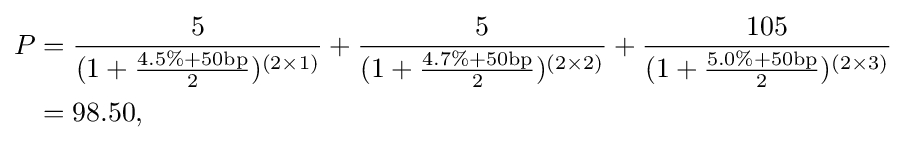
{\begin{aligned}P&={\frac {5}{(1+{\frac {4.5\%+50\mathrm {bp} }{2}})^{(2\times 1)}}}+{\frac {5}{(1+{\frac {4.7\%+50\mathrm {bp} }{2}})^{(2\times 2)}}}+{\frac {105}{(1+{\frac {5.0\%+50\mathrm {bp} }{2}})^{(2\times 3)}}}\\&=98.50,\\\end{aligned}}